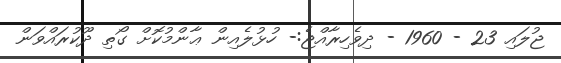
ޖުލައި 23 - 1960 - ދިވެހިރާއްޖެ:- ހުޅުލެއިން ޢާންމުކޮށް ގޯތި ދޫކުރައްވަން